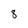
Character: 8